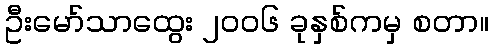
ဦးမော်သာထွေး ၂၀၀၆ ခုနှစ်ကမှ စတာ။